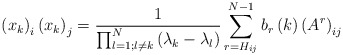
\begin{align*}\left( x_{k}\right) _{i}\left( x_{k}\right) _{j}=\frac{1}{{\prod_{l=1;l\neq k}^{N}}\left( \lambda_{k}-\lambda_{l}\right) }\sum_{r=H_{ij}}^{N-1}b_{r}\left( k\right) \left( A^{r}\right) _{ij}\end{align*}